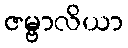
ဇမ္ဗာလိယာ